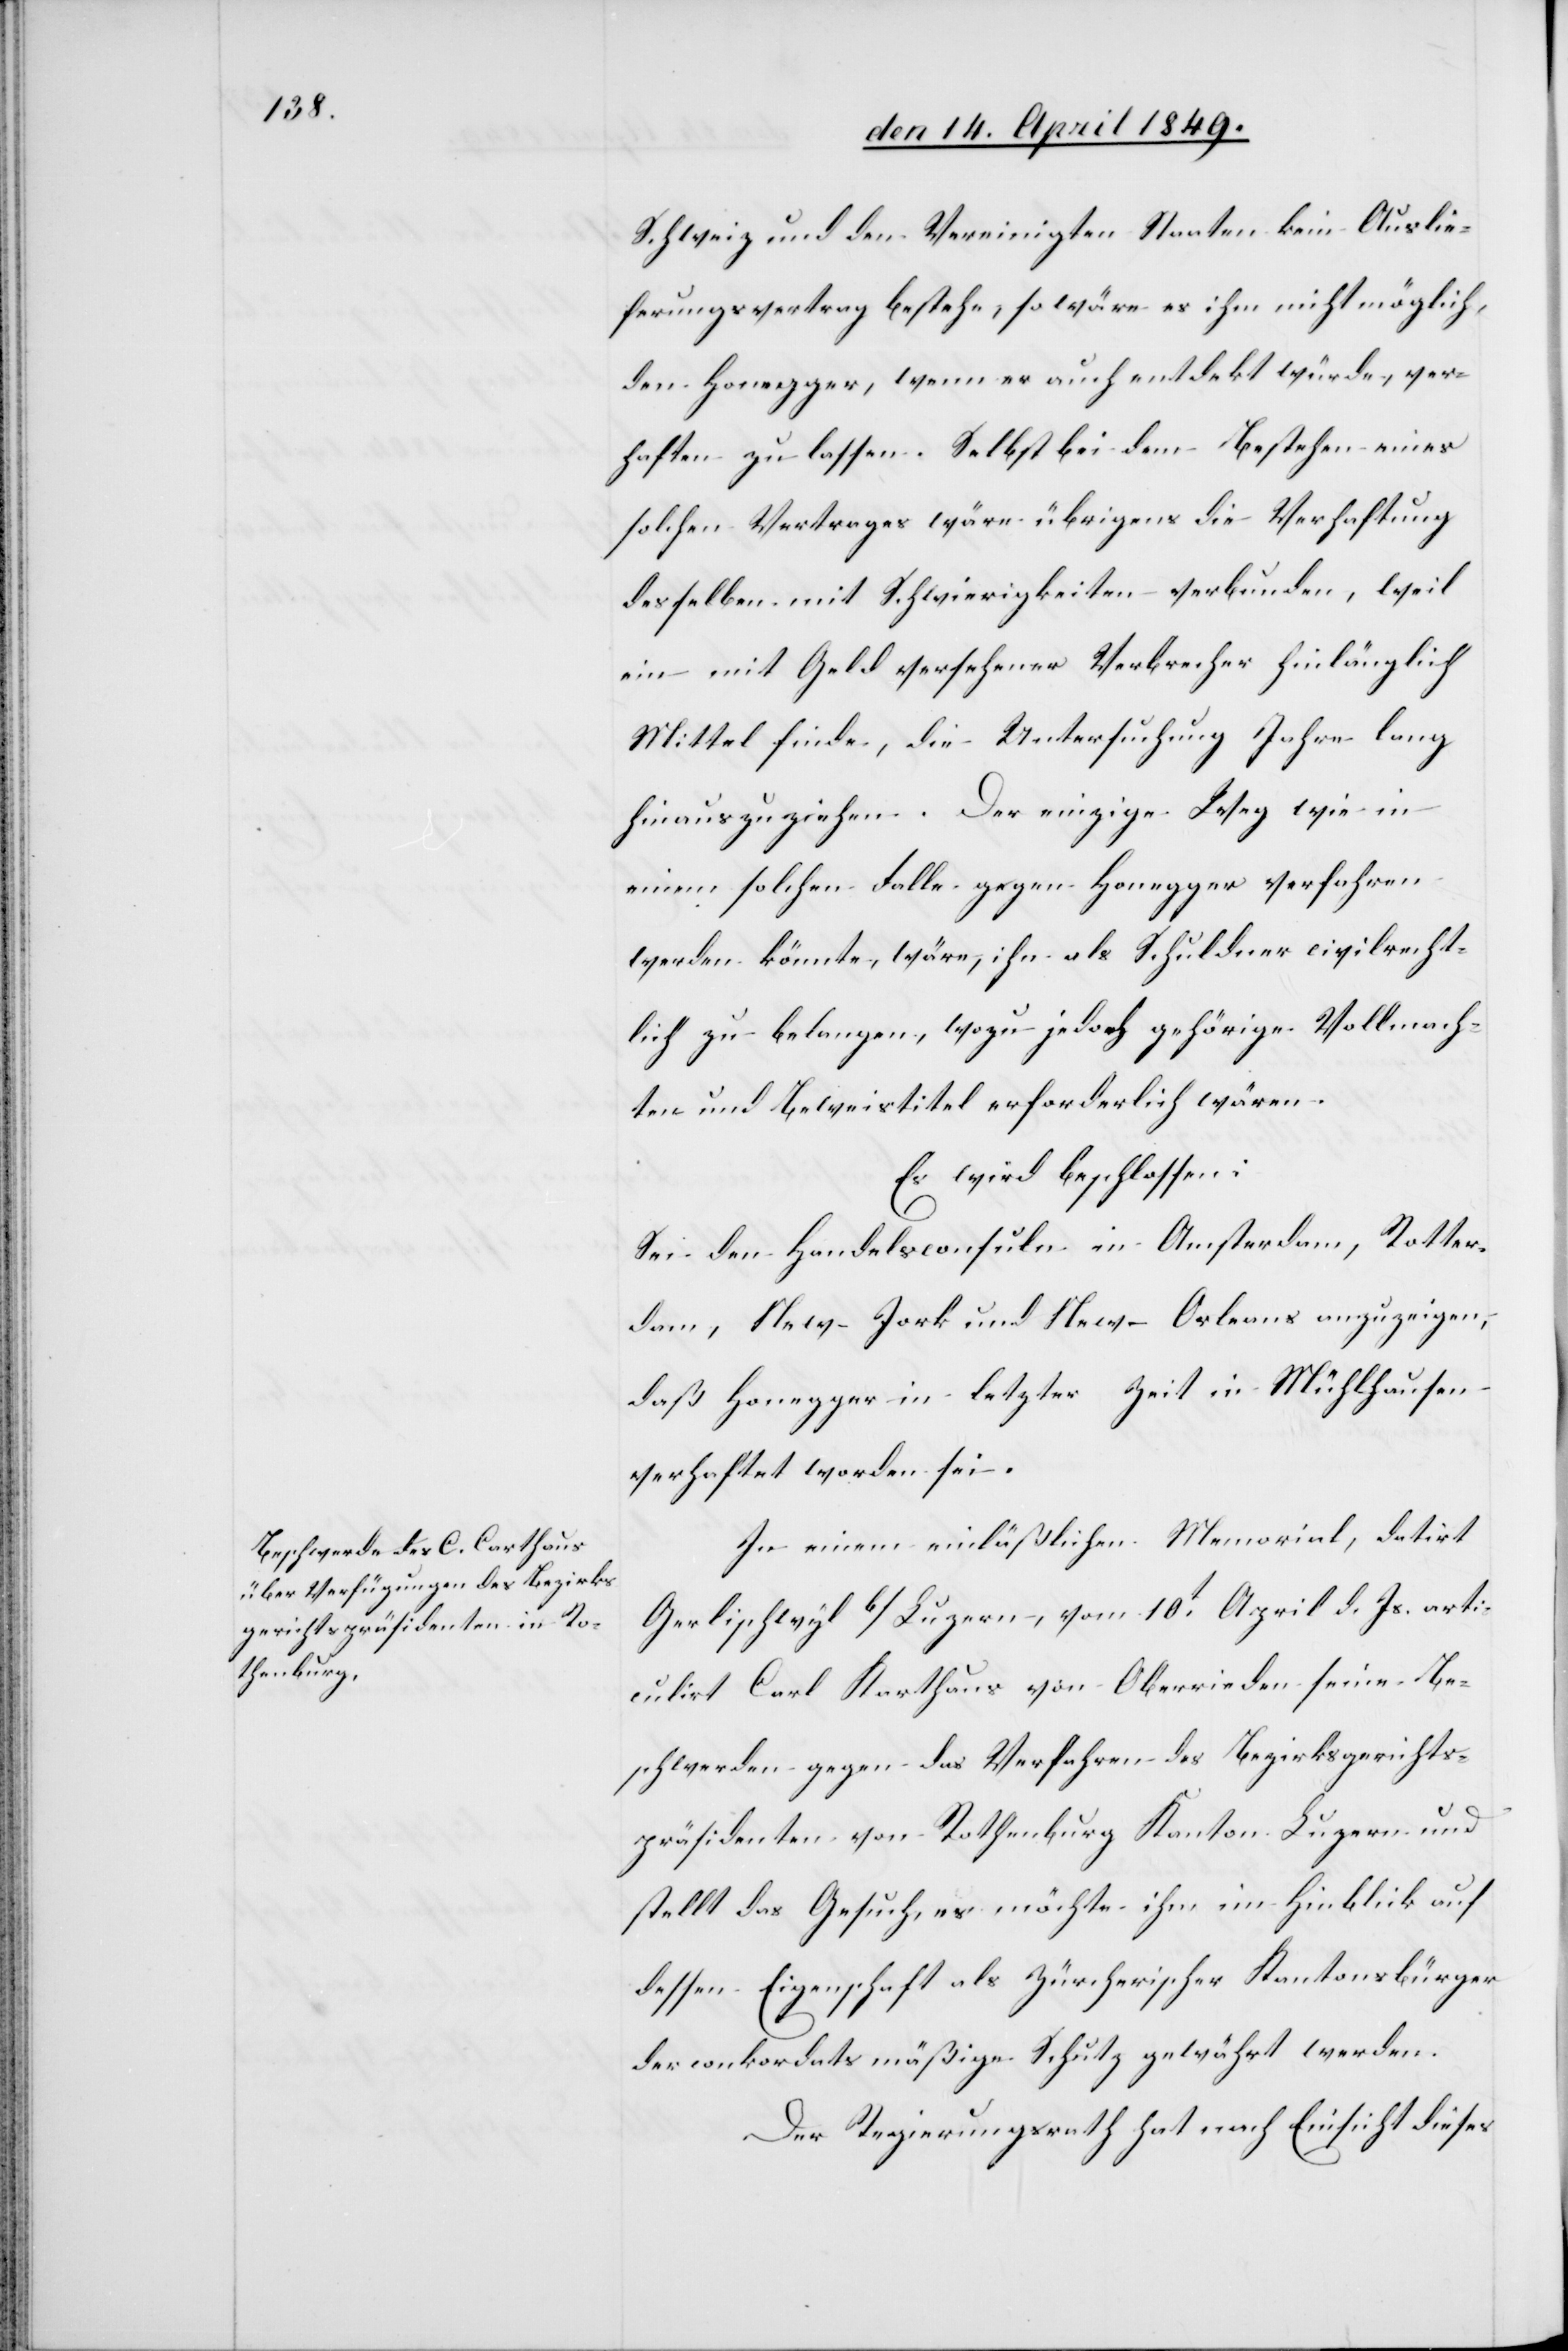
Schweiz und den Vereinigten Staaten kein Auslie¬
ferungsvertrag bestehe, so wäre es ihm nicht möglich,
den Honegger, wenn er auch entdekt würde, ver¬
haften zu lassen. Selbst bei dem Bestehen eines
solchen Vertrages wäre übrigens die Verhaftung
desselben mit Schwierigkeiten verbunden, weil
ein mit Geld versehener Verbrecher hinlänglich
Mittel finde, die Untersuchung Jahre lang
hinauszuziehen. Der einzige Weg wie in
einem solchen Falle gegen Honegger verfahren
werden könnte, wäre, ihn als Schuldner civilrecht¬
lich zu belangen, wozu jedoch gehörige Vollmach¬
ten und Beweistitel erforderlich wären.
Es wird beschlossen:
Sei den Handelsconsulen in Amsterdam, Rotter¬
dam, New-Jork und New-Orleans anzuzeigen,
daß Honegger in letzter Zeit in Mühlhausen
verhaftet worden sei.
In einem einläßlichen Memorial, datirt
Gerlischwyl b/Luzern, vom 10t April d. Js. arti¬
culirt Carl Karthaus [sic!] von Oberrieden seine Be¬
schwerden gegen das Verfahren des Bezirksgerichts¬
präsidenten von Rothenburg Kanton Luzern und
stellt das Gesuch, es möchte ihm im Hinblick auf
dessen Eigenschaft als Zürcherischer Kantonsbürger
der conkordatsmäßige Schutz gewährt werden.
Der Regierungsrath hat nach Einsicht dieses